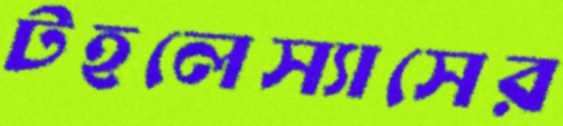
টহলেস্যাসের